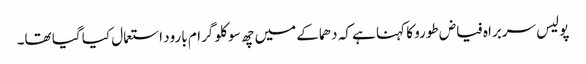
پولیس سربراہ فیاض طورو کا کہنا ہے کہ دھماکے میں چھ سو کلو گرام بارود استعمال کیا گیا تھا۔